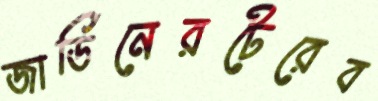
জার্ডিনেরটেরেব